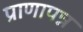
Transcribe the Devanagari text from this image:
प्राणापन्न